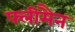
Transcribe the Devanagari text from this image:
फ्लीमैन